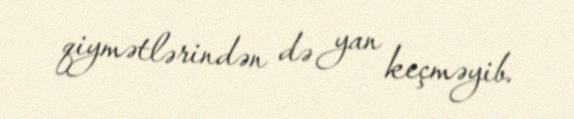
qiymətlərindən də yan keçməyib.